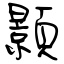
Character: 顥